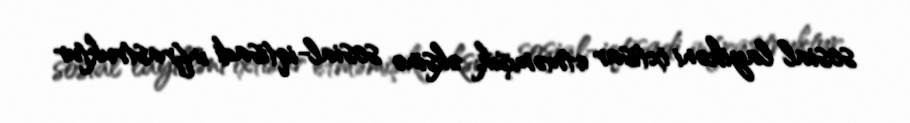
sosial layihəni ixtisar etməmişik, əksinə sosial-iqtisadi infrastruktur